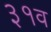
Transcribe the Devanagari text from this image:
३१व